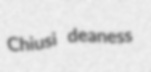
Chiusi deaness